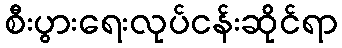
စီးပွားရေးလုပ်ငန်းဆိုင်ရာ